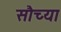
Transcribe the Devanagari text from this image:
सौच्या